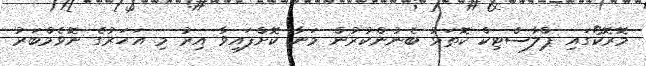
މޮރޮކޯގައި ޕްލާސްޓިކް ކޮތަޅު ބެނުންކުރުން މަނާ ކޮށްފައިވާ އިރު މި އަހަރުގެ ނޮވެމްބަރު